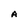
Character: A